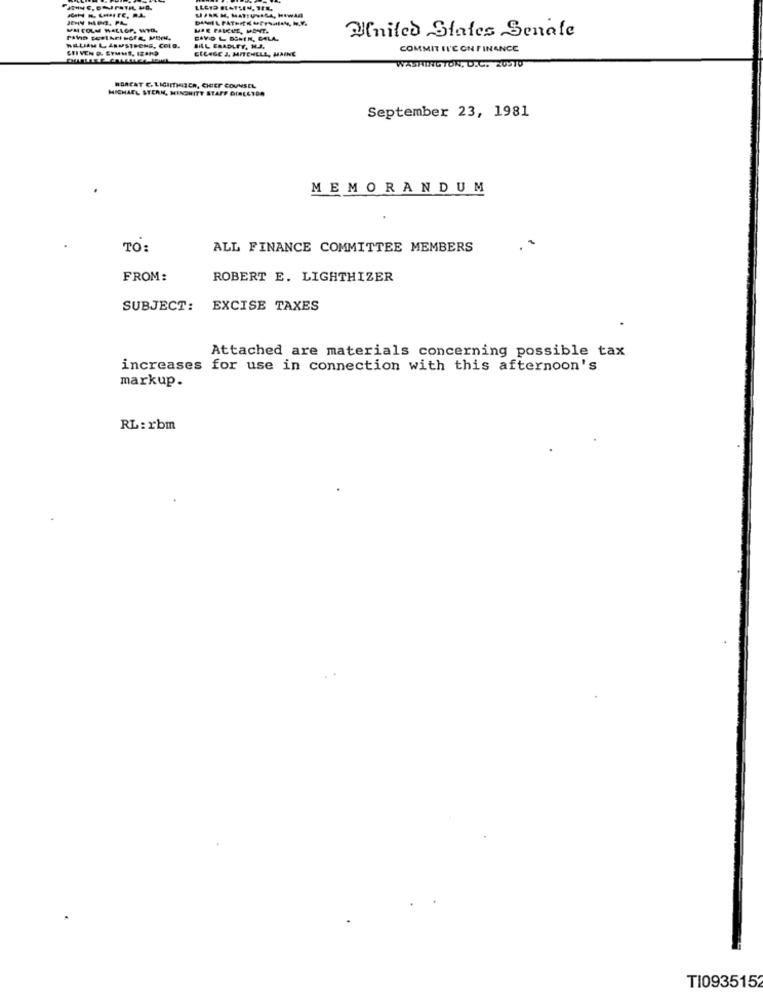
VM COLM HALLOP, WYD.
UJE MAIRIE, MONT.
United States Senale
DAVID L DOMIN, CELA.
WILLIAM L ARMSTRONG, COLO.
CUIVEN D. SYMME, IRAKD
BILL BRADLEY, N.J.
ELCAGE J, MITENELL, MAINE
COMMIT II'E ON FINANCE
WASHINGTON, D.C. 2USTU
MICHAEL STERN, MINDHITT STAFF DIRECTO
HORENT C. LIGINMILCH, CHIEF COUNSEL
September 23, 1981
MEMORANDUM
TO:
ALL FINANCE COMMITTEE MEMBERS
FROM:
ROBERT E. LIGHTHIZER
SUBJECT: EXCISE TAXES
Attached are materials concerning possible tax
increases for use in connection with this afternoon's
markup.
RL: rbm
TI0935152